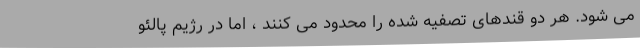
می شود. هر دو قندهای تصفیه شده را محدود می کنند ، اما در رژیم پالئو